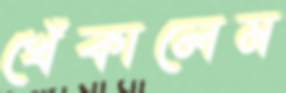
খেঁকালেম